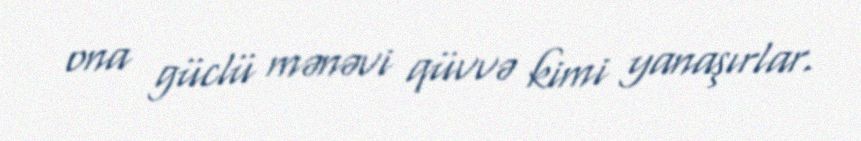
ona güclü mənəvi qüvvə kimi yanaşırlar.